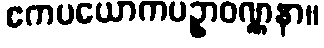
ဧကပယောကပဥှာဝဏ္ဏနာ။